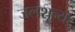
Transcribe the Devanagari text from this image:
जलशून्य